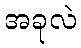
အခုလဲ